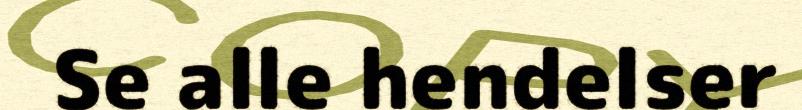
Se alle hendelser